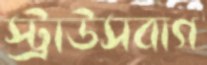
স্ট্রাউসবাগ